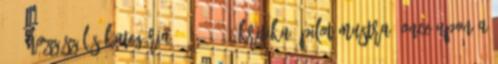
811 hozzászólás kategória: 2011 12, kritika, pilot-mustra, Once Upon A